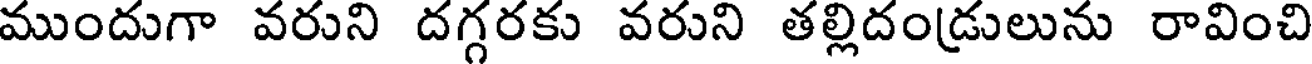
ముందుగా వరుని దగ్గరకు వరుని తల్లిదండ్రులును రావించి